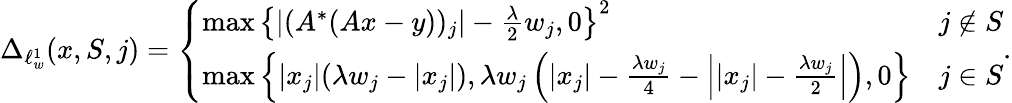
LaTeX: \Delta_{\ell_{w}^{1}}(x,S,j)=\left\{ \begin{array}{ll}{\operatorname*{max}\left\{ |(A^{*}(Ax-y))_{j}|-\frac{\lambda}{2}w_{j},0\right\} ^{2}}&{j\notin S}\\ {\operatorname*{max}\left\{ |x_{j}|(\lambda w_{j}-|x_{j}|),\lambda w_{j}\left(|x_{j}|-\frac{\lambda w_{j}}{4}-\left||x_{j}|-\frac{\lambda w_{j}}{2}\right|\right),0\right\} }&{j\in S}\end{array}\right..